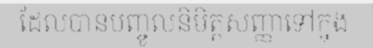
ដែលបានបញ្ចូលនិមិត្តសញ្ញាទៅក្នុង